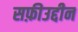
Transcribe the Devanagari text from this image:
सफ़ीउद्दीन